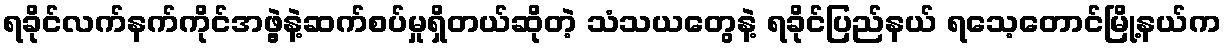
ရခိုင်လက်နက်ကိုင်အဖွဲ့နဲ့ဆက်စပ်မှုရှိတယ်ဆိုတဲ့ သံသယတွေနဲ့ ရခိုင်ပြည်နယ် ရသေ့တောင်မြို့နယ်က